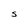
Character: S